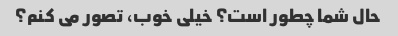
حال شما چطور است؟ خیلی خوب، تصور می کنم؟